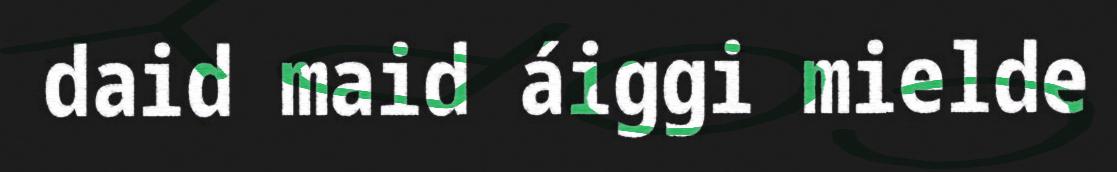
daid maid áiggi mielde